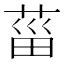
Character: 菑